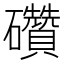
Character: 礸